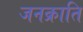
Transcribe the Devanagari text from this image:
जनक्राति